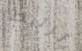
ترتبط